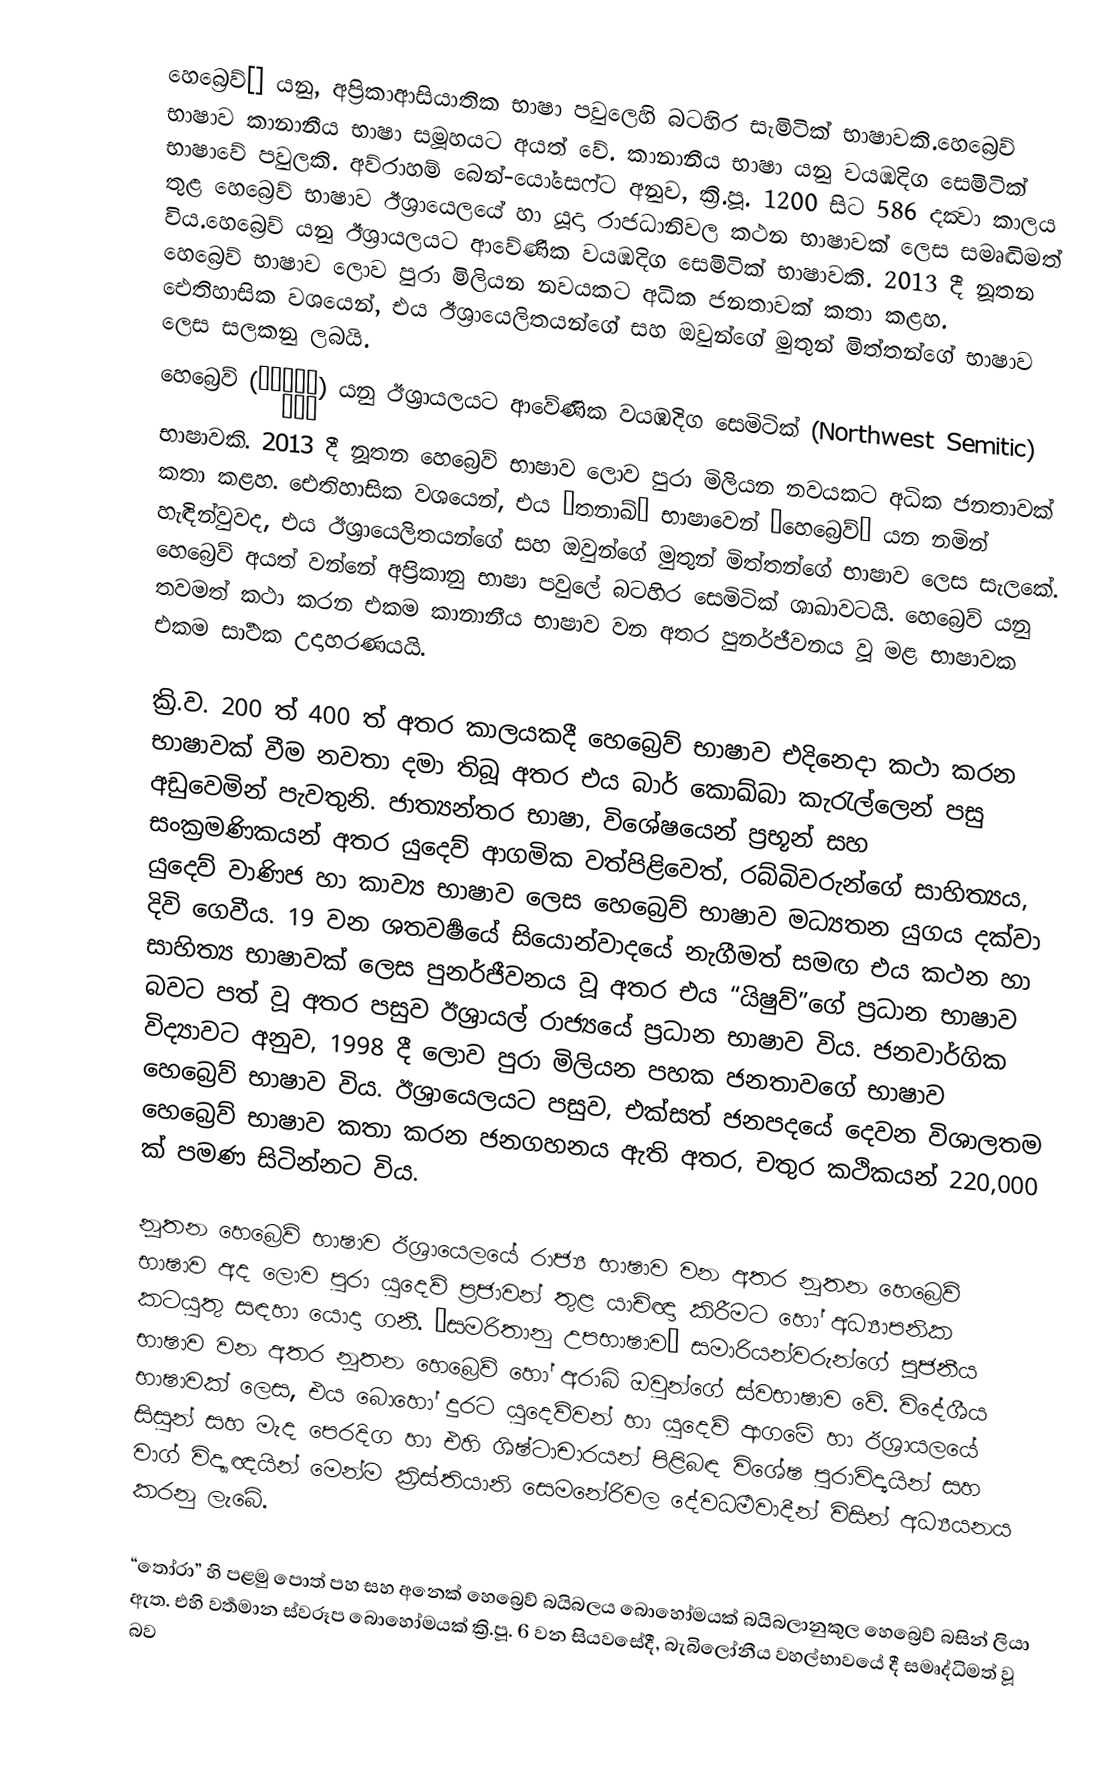
හෙබ්‍රෙව්[]  යනු, අප්‍රිකාආසියාතික භාෂා පවුලෙහි බටහිර සැමිටික් භාෂාවකි.හෙබ්‍රෙව් භාෂාව කානානීය භාෂා සමූහයට අයත් වේ. කානානීය භාෂා යනු වයඹදිග සෙමිටික් භාෂාවේ පවුලකි. අව්රාහම් බෙන්-යෝසෙෆ්ට අනුව, ක්‍රි.පූ. 1200 සිට 586 දක්‍වා කාලය තුළ හෙබ්‍රෙව් භාෂාව ඊශ්‍රායෙලයේ හා යූදා රාජධානිවල කථන භාෂාවක් ලෙස සමෘද්‍ධිමත් විය.හෙබ්‍රෙව් යනු ඊශ්‍රායලයට ආවේණික වයඹදිග සෙමිටික් භාෂාවකි. 2013 දී නූතන හෙබ්‍රෙව් භාෂාව ලොව පුරා මිලියන නවයකට අධික ජනතාවක් කතා කළහ. ඓතිහාසික වශයෙන්, එය ඊශ්‍රායෙලිතයන්ගේ සහ ඔවුන්ගේ මුතුන් මිත්තන්ගේ භාෂාව ලෙස සලකනු ලබයි.
හෙබ්‍රෙව් (עִבְרִית) යනු ඊශ්‍රායලයට ආවේණික වයඹදිග සෙමිටික් (Northwest Semitic) භාෂාවකි. 2013 දී නූතන හෙබ්‍රෙව් භාෂාව ලොව පුරා මිලියන නවයකට අධික ජනතාවක් කතා කළහ. ඓතිහාසික වශයෙන්, එය “තනාඛ්” භාෂාවෙන් “හෙබ්‍රෙව්” යන නමින් හැඳින්වුවද, එය ඊශ්‍රායෙලිතයන්ගේ සහ ඔවුන්ගේ මුතුන් මිත්තන්ගේ භාෂාව ලෙස සැලකේ.  හෙබ්‍රෙව් අයත් වන්නේ අප්‍රිකානු භාෂා පවුලේ බටහිර සෙමිටික් ශාඛාවටයි. හෙබ්‍රෙව් යනු තවමත් කථා කරන එකම කානානීය භාෂාව වන අතර පුනර්ජීවනය වූ මළ භාෂාවක එකම සාර්‍ථක උදාහරණයයි.

ක්‍රි.ව. 200 ත් 400 ත් අතර කාලයකදී හෙබ්‍රෙව් භාෂාව එදිනෙදා කථා කරන භාෂාවක් වීම නවතා දමා තිබූ අතර එය බාර් කොඛ්බා කැරැල්ලෙන් පසු අඩුවෙමින් පැවතුනි. ජාත්‍යන්තර භාෂා, විශේෂයෙන් ප්‍රභූන් සහ සංක්‍රමණිකයන් අතර යුදෙව් ආගමික වත්පිළිවෙත්, රබ්බිවරුන්ගේ සාහිත්‍යය, යුදෙව් වාණිජ හා කාව්‍ය භාෂාව ලෙස හෙබ්‍රෙව් භාෂාව මධ්‍යතන යුගය දක්වා දිවි ගෙවීය. 19 වන ශතවර්‍ෂයේ සියොන්වාදයේ නැගීමත් සමඟ එය කථන හා සාහිත්‍ය භාෂාවක් ලෙස පුනර්ජීවනය වූ අතර එය “යිෂුව්”ගේ ප්‍රධාන භාෂාව බවට පත් වූ අතර පසුව ඊශ්‍රායල් රාජ්‍යයේ ප්‍රධාන භාෂාව විය. ජනවාර්ගික විද්‍යාවට අනුව, 1998 දී ලොව පුරා මිලියන පහක ජනතාවගේ භාෂාව හෙබ්‍රෙව් භාෂාව විය. ඊශ්‍රායෙලයට පසුව, එක්සත් ජනපදයේ දෙවන විශාලතම හෙබ්‍රෙව් භාෂාව කතා කරන ජනගහනය ඇති අතර, චතුර කථිකයන් 220,000 ක් පමණ සිටින්නට විය.

නූතන හෙබ්‍රෙව් භාෂාව ඊශ්‍රායෙලයේ රාජ්‍ය භාෂාව වන අතර නූතන හෙබ්‍රෙව් භාෂාව අද ලොව පුරා යුදෙව් ප්‍රජාවන් තුළ යාච්ඥා කිරීමට හෝ අධ්‍යාපනික කටයුතු සඳහා යොදා ගනී. “සමරිතානු උපභාෂාව” සමාරියන්වරුන්ගේ පූජනීය භාෂාව වන අතර නූතන හෙබ්‍රෙව් හෝ අරාබි ඔවුන්ගේ ස්වභාෂාව වේ. විදේශීය භාෂාවක් ලෙස, එය බොහෝ දුරට යුදෙව්වන් හා යුදෙව් ආගමේ හා ඊශ්‍රායලයේ සිසුන් සහ මැද පෙරදිග හා එහි ශිෂ්ටාචාරයන් පිළිබඳ විශේෂ පුරාවිද්‍යයින් සහ වාග් විද්‍යාඥයින් මෙන්ම ක්‍රිස්තියානි සෙමනේරිවල දේවධර්‍මවාදීන් විසින් අධ්‍යයනය කරනු ලැබේ.

“තෝරා” හි පළමු පොත් පහ සහ අනෙක් හෙබ්‍රෙව් බයිබලය බොහෝමයක් බයිබලානුකුල හෙබ්‍රෙව් බසින් ලියා ඇත. එහි වර්‍තමාන ස්වරූප බොහෝමයක් ක්‍රි.පූ. 6 වන සියවසේදී, බැබිලෝනීය වහල්භාවයේ දී  සමෘද්ධිමත් වූ බව